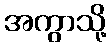
အကွာသို့